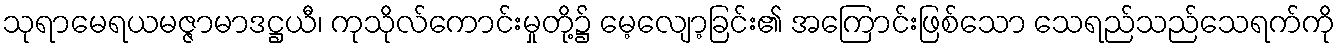
သုရာမေရယမဇ္ဇာမာဒဋ္ဌယီ၊ ကုသိုလ်ကောင်းမှုတို့၌ မေ့လျော့ခြင်း၏ အကြောင်းဖြစ်သော သေရည်သည်သေရက်ကို